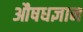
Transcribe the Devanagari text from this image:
औषधज्ञान